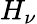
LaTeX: H_{\nu}